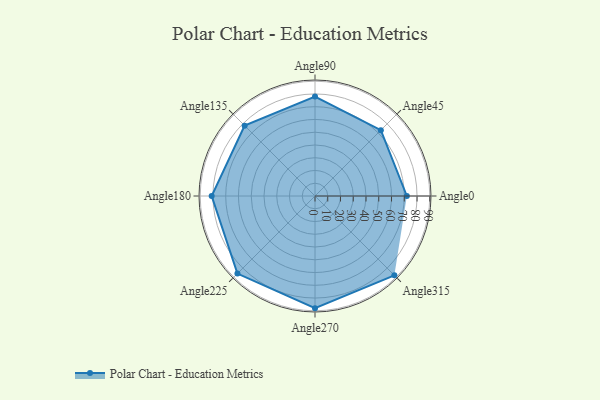
{"axis": {"x": "Angle", "y": "Radius"}, "legend": [""], "data": [{"x": "Angle0", "y": 72.0, "type": ""}, {"x": "Angle45", "y": 73.0, "type": ""}, {"x": "Angle90", "y": 78.0, "type": ""}, {"x": "Angle135", "y": 78.0, "type": ""}, {"x": "Angle180", "y": 81.0, "type": ""}, {"x": "Angle225", "y": 86.0, "type": ""}, {"x": "Angle270", "y": 88.0, "type": ""}, {"x": "Angle315", "y": 88.0, "type": ""}]}